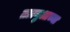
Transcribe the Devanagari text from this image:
ताल्गुआच्या